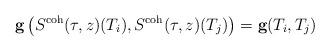
LaTeX: \begin{align*} \textbf{g} \left( S^\textnormal{coh}(\tau,z)(T_i), S^\textnormal{coh}(\tau,z)(T_j) \right) = \textbf{g}(T_i,T_j) \end{align*}